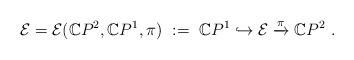
LaTeX: \begin{align*} \mathcal E=\mathcal E(\mathbb CP^2, \mathbb CP^1, \pi) \ := \ \mathbb CP^1\hookrightarrow\mathcal E\xrightarrow{\pi} \mathbb CP^2 \ .\end{align*}